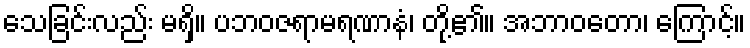
သေခြင်းလည်း မရှိ။ ပဘဝဇရာမရဏာနံ၊ တို့၏။ အဘာဝတော၊ ကြောင့်။